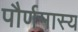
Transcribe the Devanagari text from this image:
पौर्णमास्य